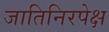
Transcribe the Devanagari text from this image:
जातिनिरपेक्ष